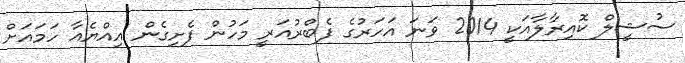
ސުޝީލް ކޮއިރާލާއަކީ 2014 ވަނަ އަހަރުގެ ފެބްރުއަރީ މަހުން ފެށިގެން އިއްޔެއާ ހަމައަށް